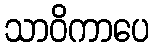
သာဝိကာပေ